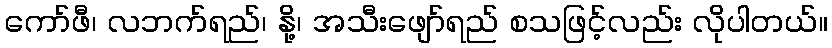
ကော်ဖီ၊ လဘက်ရည်၊ နို့၊ အသီးဖျော်ရည် စသဖြင့်လည်း လိုပါတယ်။